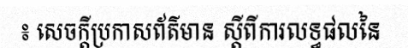
៖ សេចក្តីប្រកាសព័ត៌មាន ស្តីពីការលទ្ធផលនៃ